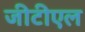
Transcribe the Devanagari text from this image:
जीटीएल